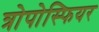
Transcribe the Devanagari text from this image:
त्रोपोस्फियर